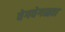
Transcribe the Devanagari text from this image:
वेगवेगळ्य़ा